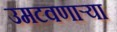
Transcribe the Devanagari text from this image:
उमटवणाऱ्या